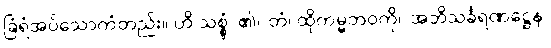
ခြံရံအပ်သောကံတည်း။ ဟိ သစ္စွံ၊ ၏။ တံ၊ ထိုကမ္မဘဝကို။ အဘိသင်္ခရဏဋ္ဌေန၊